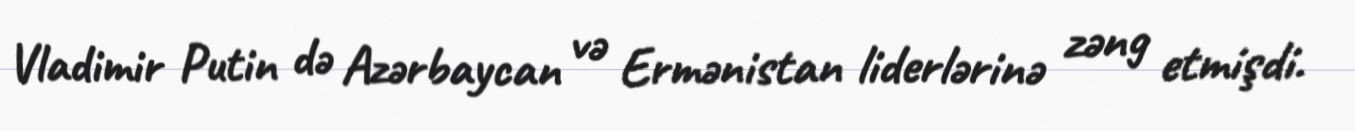
Vladimir Putin də Azərbaycan və Ermənistan liderlərinə zəng etmişdi.